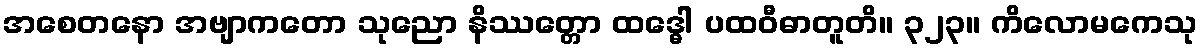
အစေတနော အဗျာကတော သုညော နိဿတ္တော ထဒ္ဓေါ ပထဝီဓာတူတိ။ ၃၂၃။ ကိလောမကေသု